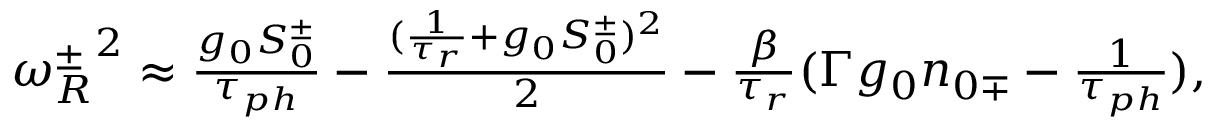
\begin{array} { r } { { \omega _ { R } ^ { \pm } } ^ { 2 } \approx \frac { g _ { 0 } S _ { 0 } ^ { \pm } } { \tau _ { p h } } - \frac { ( \frac { 1 } { \tau _ { r } } + g _ { 0 } S _ { 0 } ^ { \pm } ) ^ { 2 } } { 2 } - \frac { \beta } { \tau _ { r } } ( \Gamma g _ { 0 } n _ { 0 \mp } - \frac { 1 } { \tau _ { p h } } ) , } \end{array}